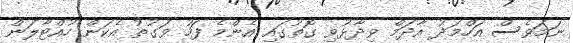
ނަމަވެސް އަހްމަދު އާދަމް ވިދާޅުވި ގޮތުގައި އެންމެ ފަހު ވަގުތު އެކަން ހުއްޓާލަން